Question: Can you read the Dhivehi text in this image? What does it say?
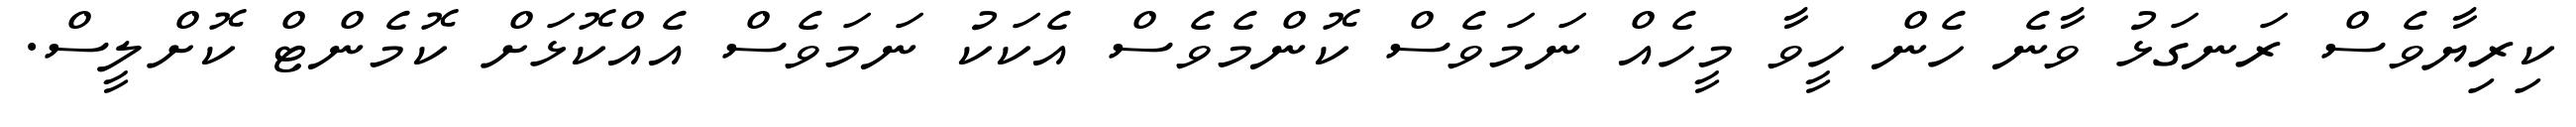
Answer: ކިރިޔާވެސް ރަނގަޅު ވާނެ ހެން ހީވާ މީހެއް ނަމަވެސް ކޮންމެވެސް އެކަކު ނަމަވެސް އެއްކޮޅަށް ކޮމެންޓް ކޮށްލީސް.